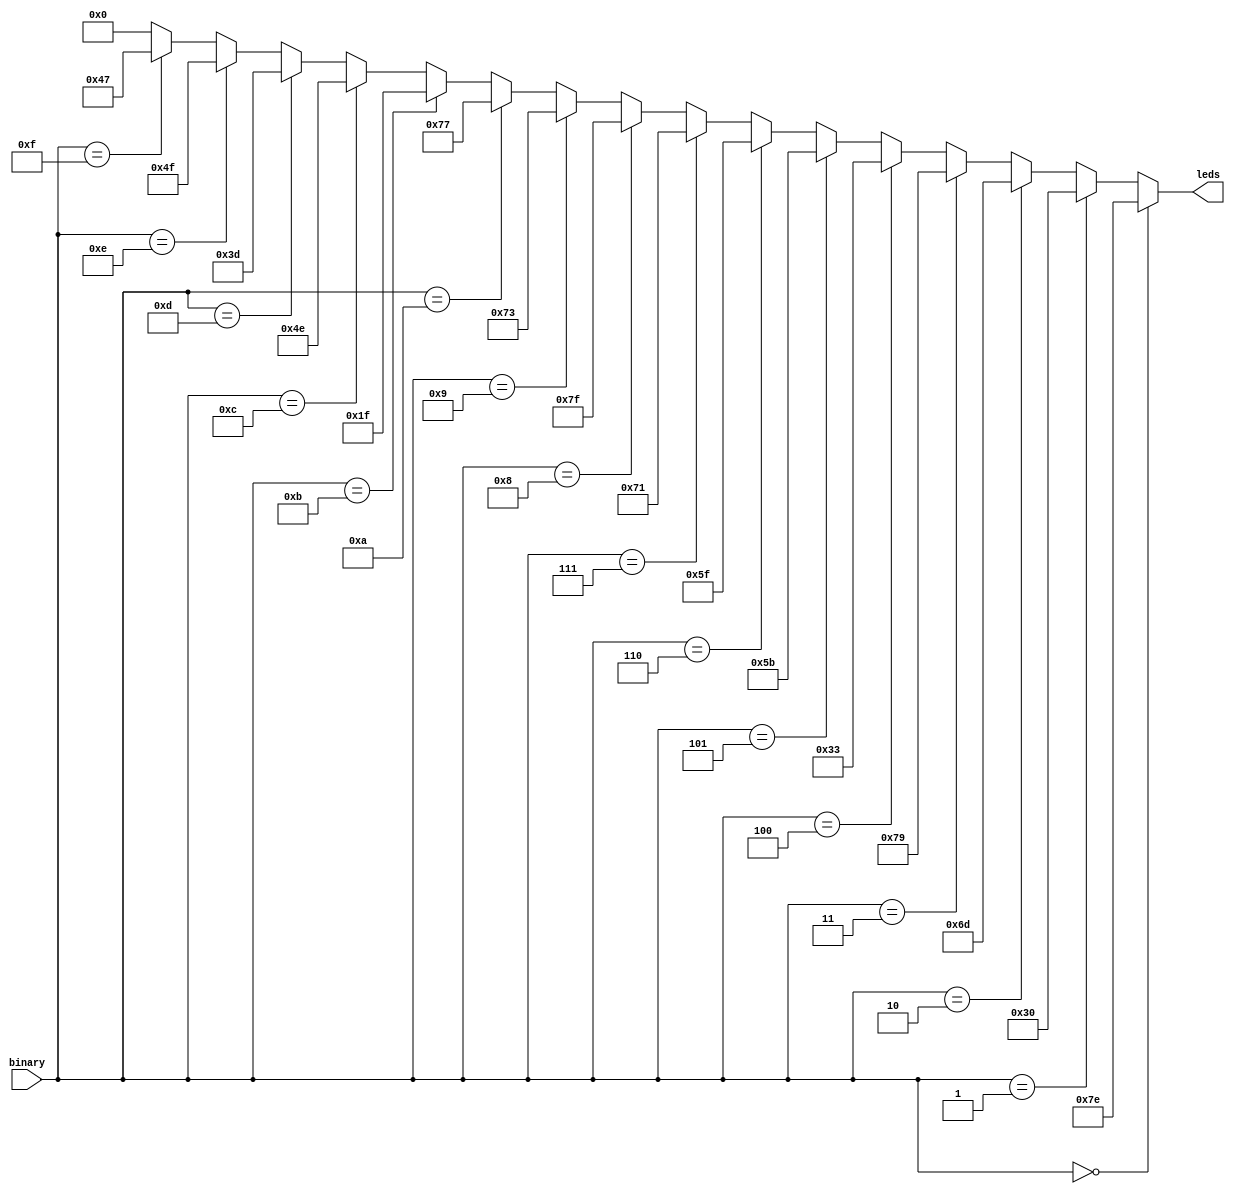
// Name: dec7seg_v2.v
//
// Description: 7-Segment Decoder: second option

module dec7seg_v2 (
  input      [3:0] binary,
  output reg [6:0] leds       
);

  always @(binary) begin
    if (binary == 4'd0) begin
        leds = 7'b1111110;
    end else if (binary == 4'd1) begin
        leds = 7'b0110000; 
    end else if (binary == 4'd2) begin
        leds = 7'b1101101; 
    end else if (binary == 4'd3) begin
        leds = 7'b1111001; 
    end else if (binary == 4'd4) begin
        leds = 7'b0110011; 
    end else if (binary == 4'd5) begin
        leds = 7'b1011011; 
    end else if (binary == 4'd6) begin
        leds = 7'b1011111; 
    end else if (binary == 4'd7) begin
        leds = 7'b1110001; 
    end else if (binary == 4'd8) begin
        leds = 7'b1111111; 
    end else if (binary == 4'd9) begin
        leds = 7'b1110011; 
    end else if (binary == 4'd10) begin
        leds = 7'b1110111; 
    end else if (binary == 4'd11) begin
        leds = 7'b0011111; 
    end else if (binary == 4'd12) begin
        leds = 7'b1001110; 
    end else if (binary == 4'd13) begin
        leds = 7'b0111101; 
    end else if (binary == 4'd14) begin
        leds = 7'b1001111; 
    end else if (binary == 4'd15) begin
        leds = 7'b1000111; 
    end else begin 
        leds = 7'b0000000;
    end
  end

endmodule